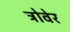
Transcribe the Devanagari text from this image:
त्रोवेर